Document type: Sale
Year: 1423
Scribe: Joan Franc
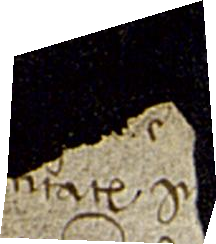
titate p[...] [...]